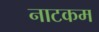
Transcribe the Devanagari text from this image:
नाटकम